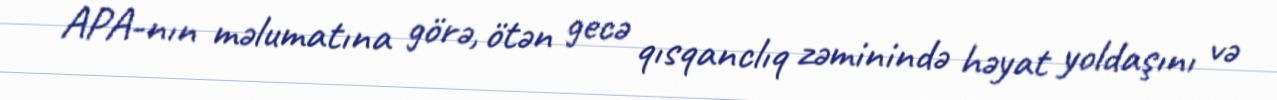
APA-nın məlumatına görə, ötən gecə qısqanclıq zəminində həyat yoldaşını və